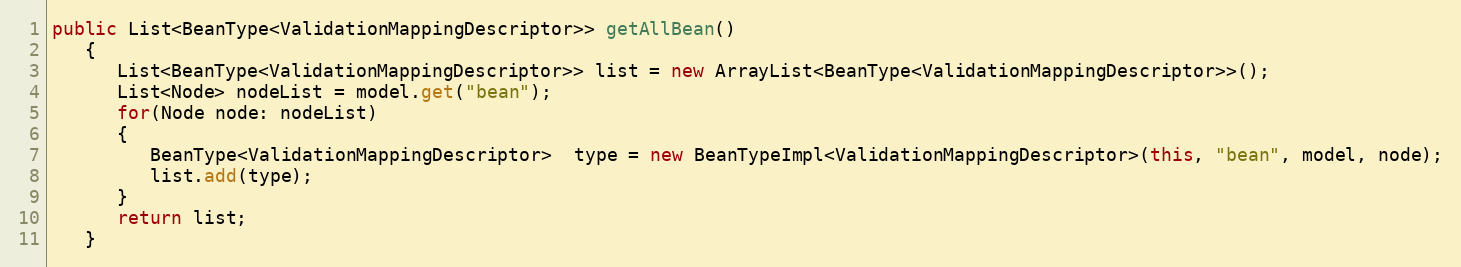
Language: Java
public List<BeanType<ValidationMappingDescriptor>> getAllBean()
   {
      List<BeanType<ValidationMappingDescriptor>> list = new ArrayList<BeanType<ValidationMappingDescriptor>>();
      List<Node> nodeList = model.get("bean");
      for(Node node: nodeList)
      {
         BeanType<ValidationMappingDescriptor>  type = new BeanTypeImpl<ValidationMappingDescriptor>(this, "bean", model, node);
         list.add(type);
      }
      return list;
   }